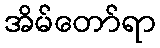
အိမ်တော်ရာ